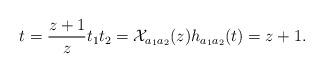
LaTeX: \begin{align*}t = \frac {z+1}{z} t_1t_2 = {\mathcal X}_{a_1a_2}(z) h_{a_1a_2}(t) = z+1.\end{align*}